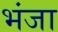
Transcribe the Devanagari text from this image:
भंजा